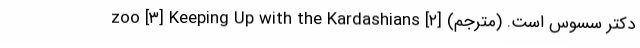
دکتر سسوس است. (مترجم) [۲] zoo [۳] Keeping Up with the Kardashians